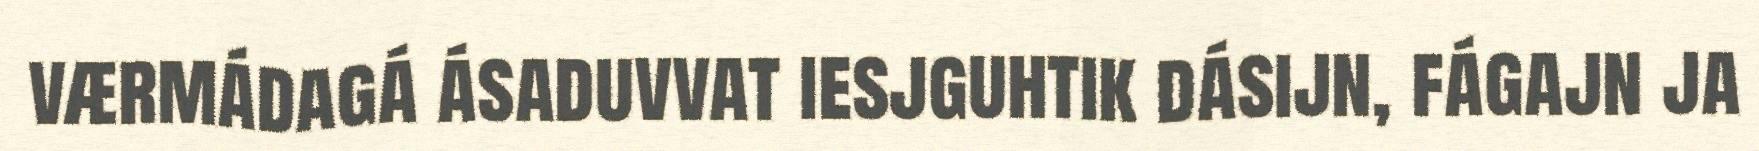
værmádagá ásaduvvat iesjguhtik dásijn, fágajn ja